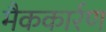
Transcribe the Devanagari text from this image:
मैककार्रण